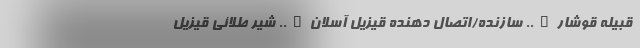
قبیله قوشار….. سازنده/اتصال دهنده قیزیل آسلان….. شیر طلائی قیزیل